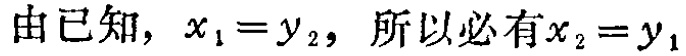
由已知，$x_{1}=y_{2}$，所以必有$x_{2}=y_{1}$